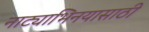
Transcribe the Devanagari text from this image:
नाट्याभिनयासाठी